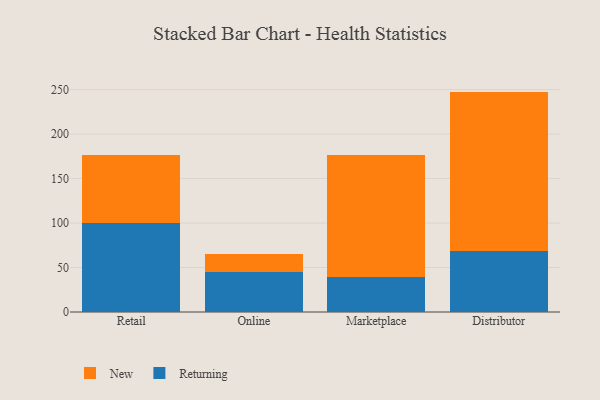
{"axis": {"x": "Channel", "y": "Satisfaction Score"}, "legend": ["New", "Returning"], "data": [{"x": "Retail", "y": 100.3, "type": "Returning"}, {"x": "Retail", "y": 75.8, "type": "New"}, {"x": "Online", "y": 45.5, "type": "Returning"}, {"x": "Online", "y": 19.7, "type": "New"}, {"x": "Marketplace", "y": 38.9, "type": "Returning"}, {"x": "Marketplace", "y": 137.7, "type": "New"}, {"x": "Distributor", "y": 68.4, "type": "Returning"}, {"x": "Distributor", "y": 179.3, "type": "New"}]}